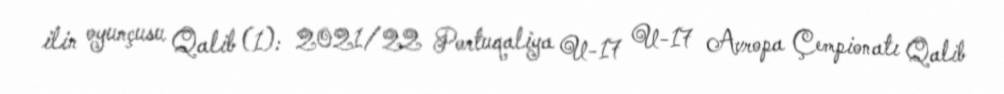
ilin oyunçusu Qalib (1): 2021/22 Portuqaliya U-17 U-17 Avropa Çempionatı Qalib